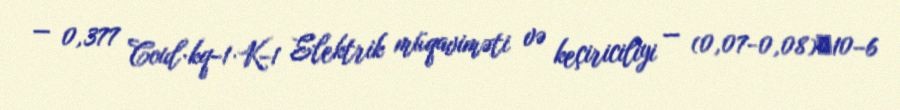
— 0,377 Coul·kq−1·K−1 Elektrik müqaviməti və keçiriciliyi — (0,07-0,08)⋅10−6